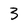
Character: 3